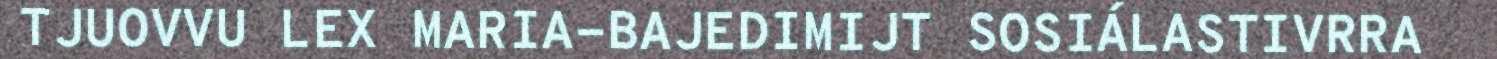
TJUOVVU LEX MARIA-BAJEDIMIJT SOSIÁLASTIVRRA